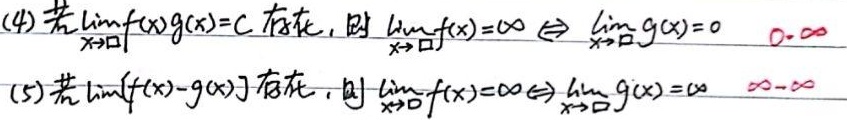
(4) 若 $\lim_{x \to \square} f(x)g(x)=C$ 存在， 则
\[
\lim_{x \to \square} f(x)=\infty \Leftrightarrow \lim_{x \to \square} g(x)=0
\]
$\square \cdot \infty$

(5) 若 $\lim_{x \to \square}[f(x)-g(x)]$ 存在， 则
\[
\lim_{x \to \square} f(x)=\infty \Leftrightarrow \lim_{x \to \square} g(x)=\infty
\]
$\infty-\infty$